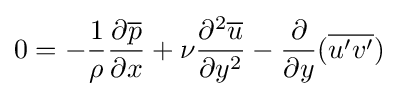
0=-{1 \over \rho }{\partial {\overline {p}} \over \partial x}+{\nu }{\partial ^{2}{\overline {u}} \over \partial y^{2}}-{\frac {\partial }{\partial y}}({\overline {u'v'}})